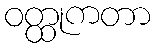
ဝတ္ထုကတာ